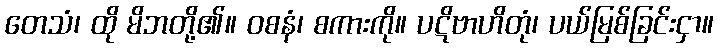
တေသံ၊ ထို မိဘတို့၏။ ဝစနံ၊ စကားကို။ ပဋိဗာဟိတုံ၊ ပယ်မြစ်ခြင်းငှာ။